Report on the Nagpur School of Medicine, Central Provinces
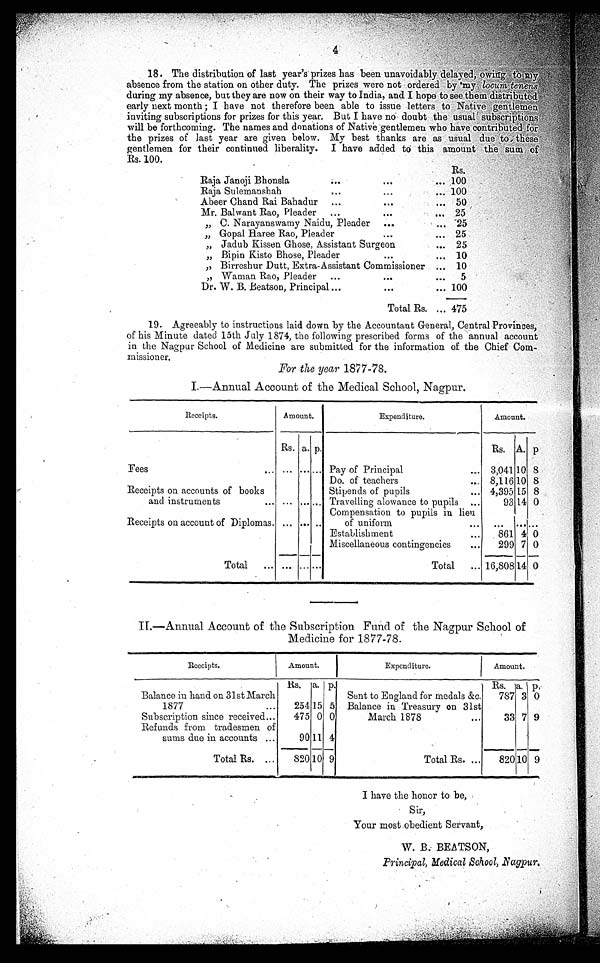
18. The distribution of last year's prizes has been unavoida
bly delayed, owing to my absence from the station on other duty. The prizes were not ordered by my locum
tenens during my absence, but they are now on their way to India, and I hope to see them distributed
early next month ; I have not therefore been able to issue letters to
Native gentlemen inviting subscriptions for prizes for this year. But I have no doubt the
usual subscriptions will be forthcoming. The names and donations of Native gentlemen who have contributed for
the prizes of last year are gi
ven below. My best thanks are as usual due to
these gentlemen for their continued liberality. I have added to this amount the sum of Rs. 100.
Rs.
Raja Janoji Bhonsla
... ...
. . .
1 0 0
Raja Sulemanshah
...
...
...
100
Abeer Chand Rai Bahadur
...
...
...
50
Mr. Balwant Rao, Pleader
...
...
...
25
„ C. Narayanswamy Naidu, Pleader ...
. . . 25
„ Gopal Haree Rao, Pleader
...
... 25
„ Jadub Kissen Ghose, Assistant Surgeon
. . . 25
„ Bipin Kisto Bhose, Pleader
...
... 10
„
Birreshur Dutt, Extra-Assistant Commissioner ... 10
„
Waman Rao, Pleader
...
...
...
5
Dr. W. B. Beatson, Principal ...
...
. . . 100
Total Rs. ... 475
19. Agreeably to instructions laid down by the Accountant General, Central Provinces,
of his Minute dated 15th July 1874, the following prescribed forms of the annual account
in the Nagpur School of Medicine are submitted for the information of the Chief Com-
missioner.
For the year 1877-78.
I.—Annual Account of the Medical School, Nagpur.
Receipts.
Amount.
Expenditure.
Amount.
Rs. a.
p .
Rs. A. p
Fees
... ...
. . .
...... Pay of Principal
... 3,041 10 8
Do. of teachers
... 8,116 1 0 8
Receipts on accounts of books
Stipends of pupils
... 4,395 15 8
and instruments
... ... ...... Travelling alowance to pupils ...
93 14 0
Compensation to pupils in lieu
Receipts on account of Diplomas. ... ... ..
of uniform
Establishment
...
861 4 0
Miscellaneous contingencies
...
299 7 0
Total
...
.....
... ...... . . .
Total
... 16,808 14 0
II.—Annual Account of the Subscription Fund of the Nagpur School of
Medicine for 1877-78.
Receipts.
Amount.
Expenditure.
Amount.
. Rs. a. p.
Rs. a. p,
Balance in hand on 31st March
Sent to England f o r m e d e l s & c .
787 3 0
1877
. . .
254 15 5 Balance in Treasury on 31st
Subscription since received...
475 0 0
March 1878
. . .
33 7 9
Refunds from tradesmen of
sums due in accounts ...
90 11 4
Total Rs. ...
820 10
9
Total Rs. ... 820 10 9
I have the honor to be,
Sir,
Your most obedient Servant,
W. B. BEATSON,
Principal, Medical School, Nagpur.